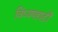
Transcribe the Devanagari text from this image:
विंध्यपहाड़ी